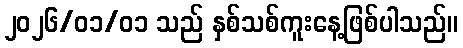
၂၀၂၆/၀၁/၀၁ သည် နှစ်သစ်ကူးနေ့ဖြစ်ပါသည်။